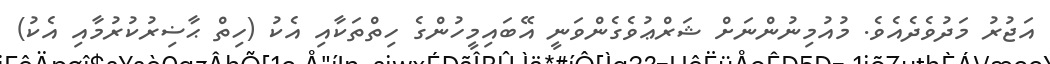
އަޖުރު މަދުވެދެއެވެ. މުއުމިނުންނަށް ޝަރްޢުވެގެންވަނީ އޭބައިމީހުންގެ ހިތްތަކާއި އެކު (ހިތް ޙާޟިރުކުރުމާއި އެކު)